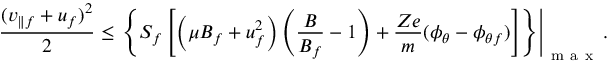
\frac { ( v _ { \parallel f } + u _ { f } ) ^ { 2 } } { 2 } \leq \left. \left\lbrace S _ { f } \left[ \left( \mu B _ { f } + u _ { f } ^ { 2 } \right) \left( \frac { B } { B _ { f } } - 1 \right) + \frac { Z e } { m } ( \phi _ { \theta } - \phi _ { \theta f } ) \right] \right\rbrace \right\rvert _ { \mathrm { ~ m ~ a ~ x ~ } } .